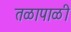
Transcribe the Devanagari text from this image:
तळापाळी